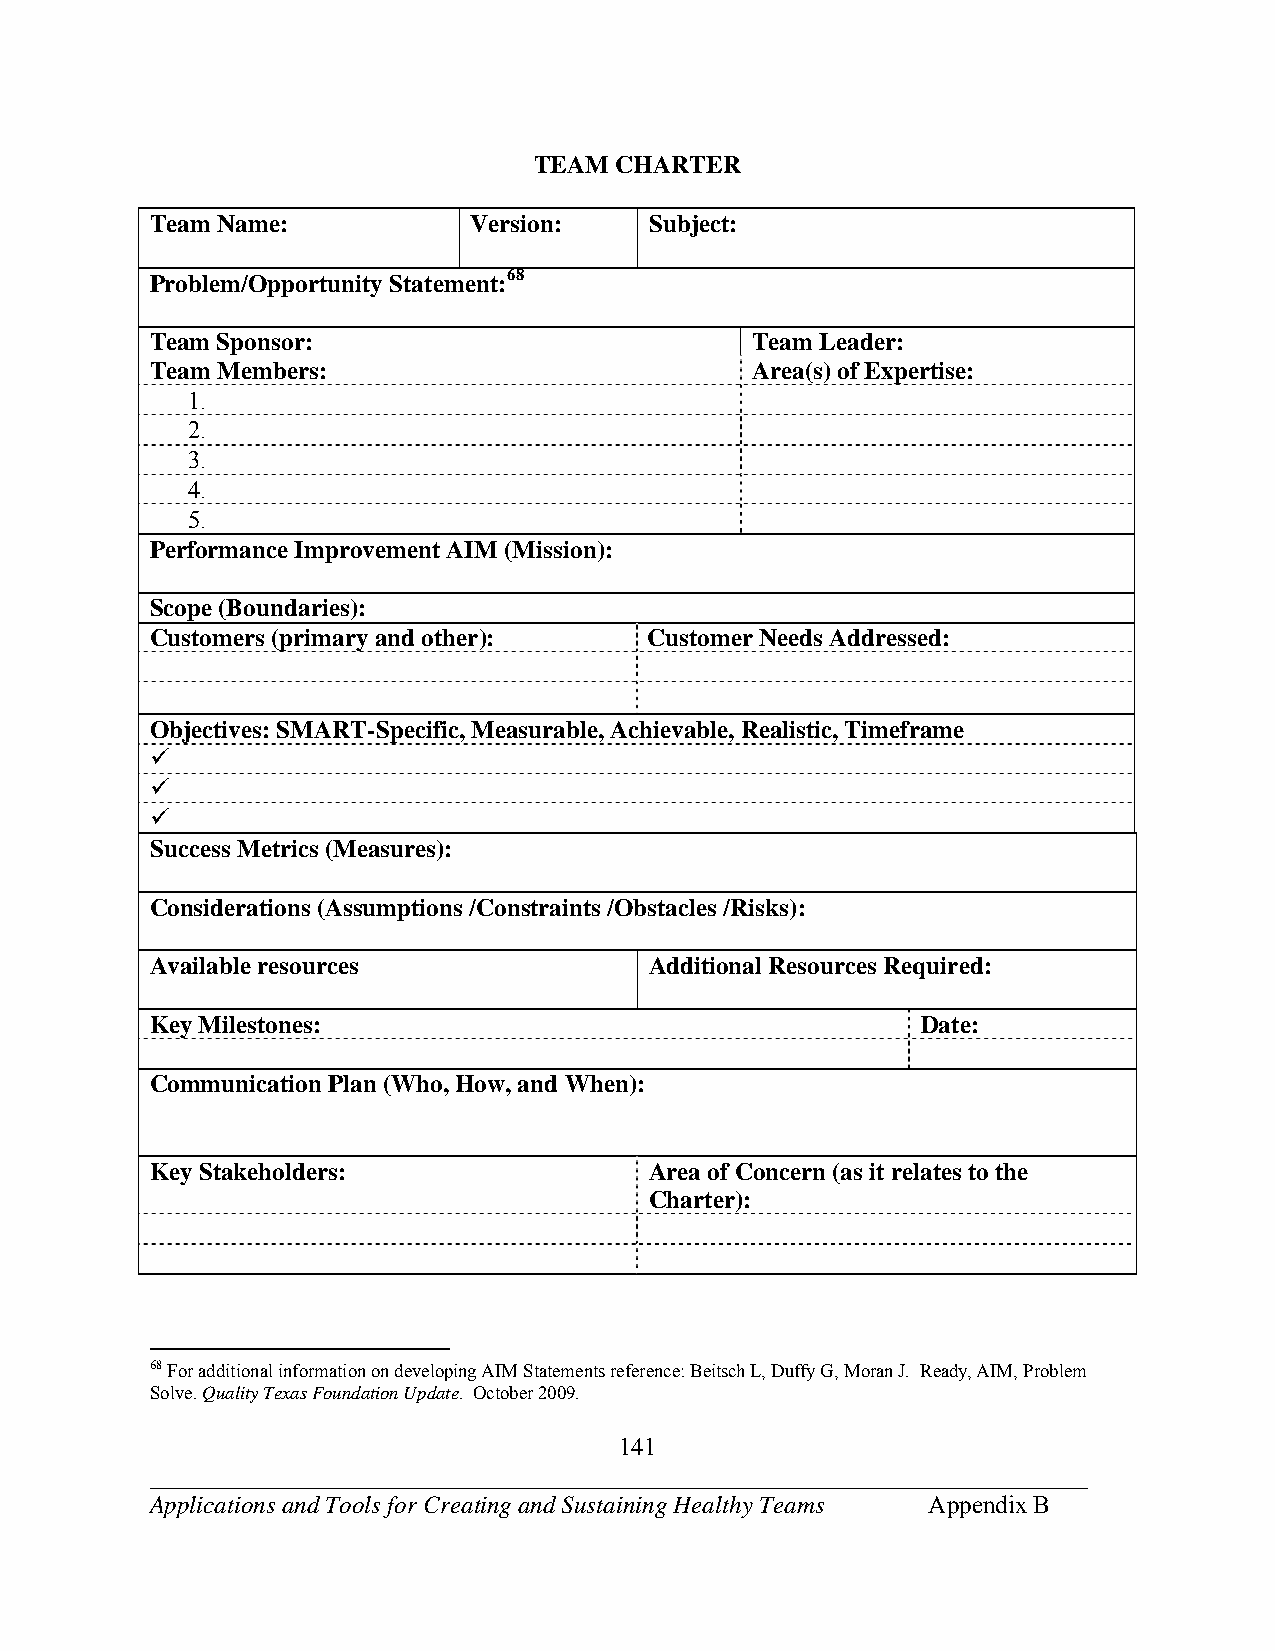
TEAM  CHARTER
 Team Name:           Version:    Subject:
 Problem/Opportunity Statement:68
 Team Sponsor:                           Team Leader:
 Team Members:                           Area(s) of Expertise:
 1.
 2.
 3.
 4.
 5.
 Performance Improvement AIM (Mission):
 Scope (Boundaries):
 Customers (primary and other):   Customer Needs Addressed:
 Objectives: SMART-Specific, Measurable, Achievable, Realistic, Timeframe
 
 
 
 Success Metrics (Measures):
 Considerations (Assumptions /Constraints /Obstacles /Risks):
 Available resources              Additional Resources Required:
 Key Milestones:                                    Date:
 Communication Plan (Who, How, and When):
 Key Stakeholders:                Area of Concern (as it relates to the
 Charter):
 68 For additional information on developing AIM Statements reference: Beitsch L, Duffy G, Moran J. Ready, AIM, Problem
 Solve. Quality Texas Foundation Update. October 2009.
 141
 ___________________________________________________________________________
 Applications and Tools for Creating and Sustaining Healthy Teams Appendix B